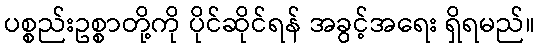
ပစ္စည်းဥစ္စာတို့ကို ပိုင်ဆိုင်ရန် အခွင့်အရေး ရှိရမည်။